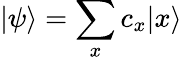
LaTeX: |\psi\rangle=\sum_{x}c_{x}|x\rangle